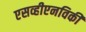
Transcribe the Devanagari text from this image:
एसव्हीएनविकी